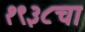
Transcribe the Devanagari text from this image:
१९३८चा